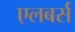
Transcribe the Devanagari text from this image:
एलबर्स